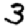
Digit: 3